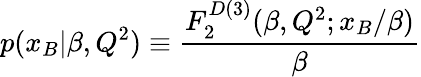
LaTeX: p(x_{B}|\beta,Q^{2})\equiv{\frac{F_{2}^{D(3)}(\beta,Q^{2};x_{B}/\beta)}{\beta}}